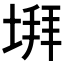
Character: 𡍹